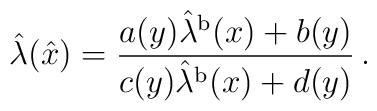
\hat{\lambda}   (\hat{x}) =\frac{a(y) \hat{\lambda}^{\rm b} (x) + b (y)}{c(y) \hat{\lambda}^{\rm b} (x) + d (y)}\, .